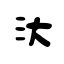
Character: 汏